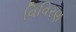
વિવિરણ